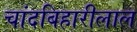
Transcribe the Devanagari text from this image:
चांदबिहारीलाल